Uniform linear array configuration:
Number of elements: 8
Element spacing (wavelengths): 1
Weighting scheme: uniform
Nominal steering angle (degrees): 45
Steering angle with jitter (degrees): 45.638
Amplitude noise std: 0.05
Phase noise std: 0.05

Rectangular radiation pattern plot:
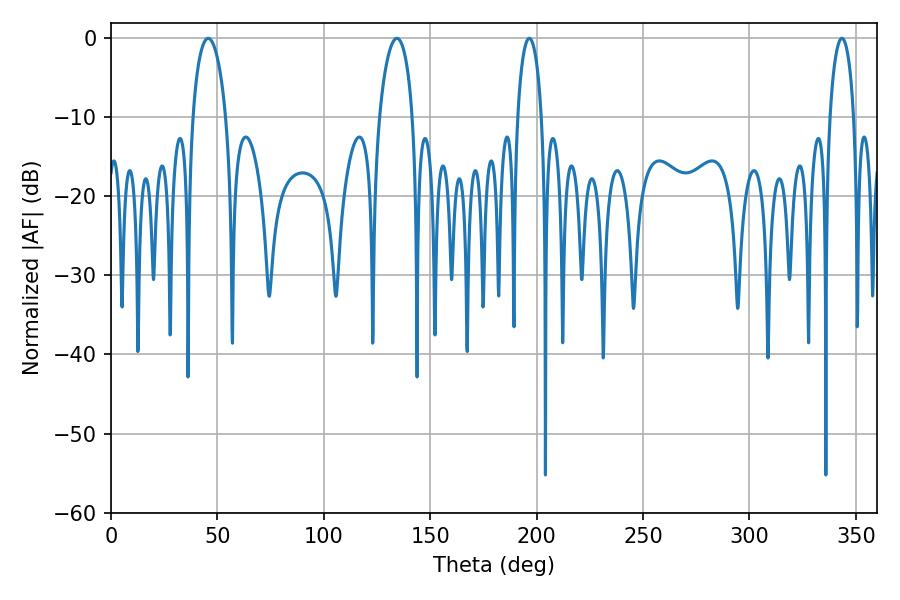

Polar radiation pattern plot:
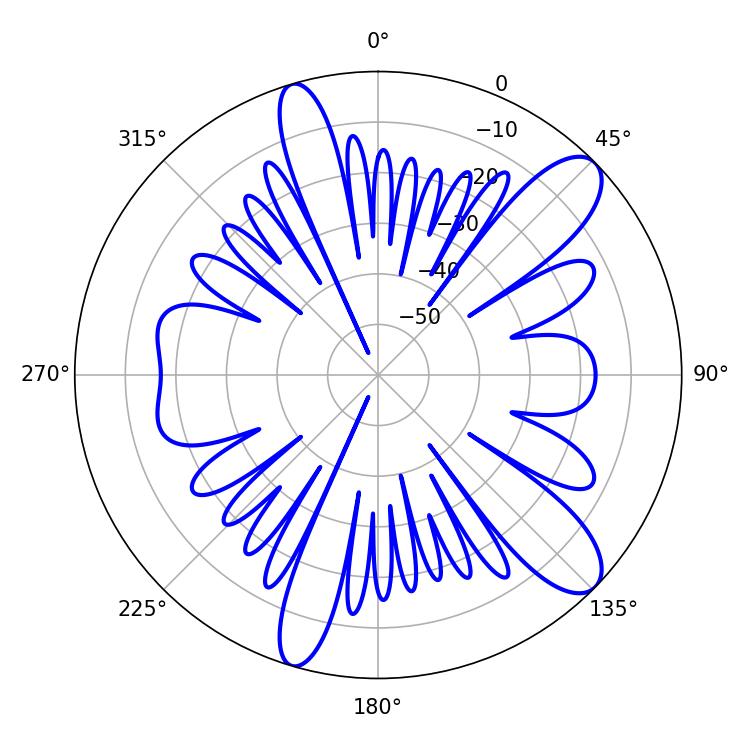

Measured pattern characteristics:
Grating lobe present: TRUE
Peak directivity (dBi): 10.863
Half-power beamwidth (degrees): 6.48
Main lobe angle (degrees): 196.56